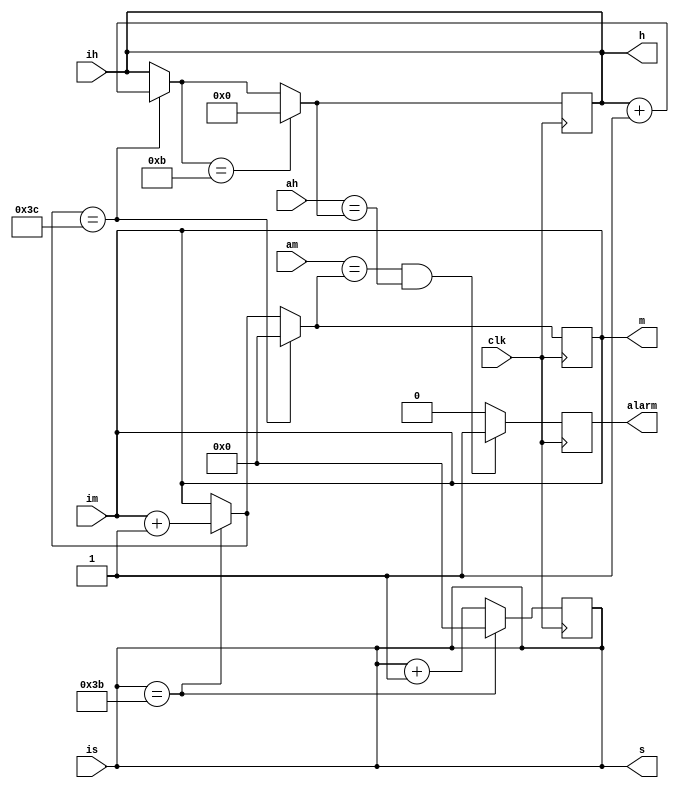
module clock(clk,is,im,ih,s,m,h,am,ah,alarm);
input clk;
input wire [5:0]is,im,am;
input wire [3:0]ih,ah;
output reg [5:0]s=0,m=0;
output reg [3:0]h=0;
output reg alarm;
always @(posedge clk)
begin
if(s==59)
begin
s=0;
m=m+1;
end
else
s=s+1;

if(m==60)
begin
m=0;
h=h+1;
end

if(h==11)
h=0;

if(am==m && ah==h)
alarm=1;
else 
alarm=0;

$display("h=%d,m=%d,s=%d",h,m,s);
end

always @(is)
begin
s=is;
end

always @(im)
begin
m=im;
end

always @(ih)
begin
h=ih;
end

endmodule

module test;
reg clk=0;
reg [3:0]ih;
reg [5:0]im,is;
reg [3:0]ah;
reg [5:0]am;
wire [3:0]h;
wire [5:0] m,s;
wire alarm;

clock c1(clk,is,im,ih,s,m,h,am,ah,alarm);

initial
begin
$monitor("alarm=%d",alarm);
is=20;
im=58;
//ih=2;

am=20;
ah=3;
#100000
$stop;
end
always #2 clk=~clk;
endmodule